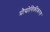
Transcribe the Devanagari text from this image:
प्रौद्योगिकीकरण